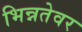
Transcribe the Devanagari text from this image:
भिन्नतेवर